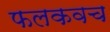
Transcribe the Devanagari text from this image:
फलकवच